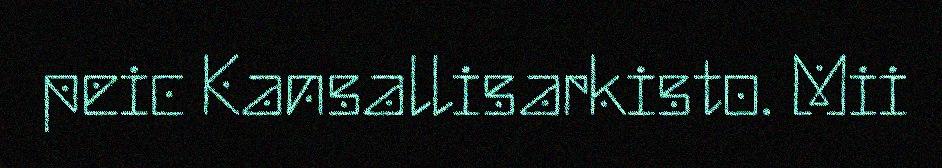
peic Kansallisarkisto. Mii